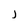
Character: j